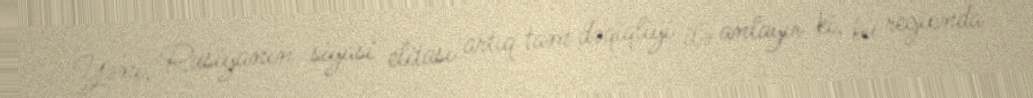
Yəni, Rusiyanın siyasi elitası artıq tam dəqiqliyi ilə anlayır ki, bu regionda